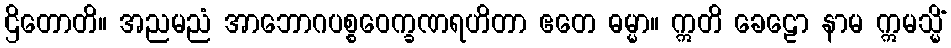
ဌိတောတိ။ အညမညံ အာဘောဂပစ္စဝေက္ခဏရဟိတာ ဧတေ ဓမ္မာ။ ဣတိ ခေဠော နာမ ဣမသ္မိံ